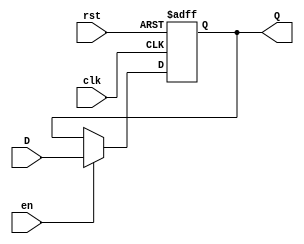
module InputRegister #(
    parameter WIDTH = 8  // Parameter to define the width of the register
)(
    input wire clk,       // Clock signal
    input wire rst,       // Reset signal (active high)
    input wire en,        // Enable signal (active high)
    input wire [WIDTH-1:0] D, // Data input
    output reg [WIDTH-1:0] Q  // Data output
);

// Sequential logic for the Input Register
always @(posedge clk or posedge rst) begin
    if (rst) begin
        Q <= {WIDTH{1'b0}};  // Asynchronous reset to zero
    end else if (en) begin
        Q <= D;              // Capture input data on clock edge if enabled
    end
    // If not enabled, retain the current value of Q
end

endmodule